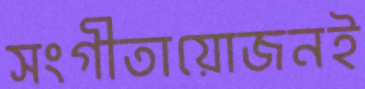
সংগীতায়োজনই